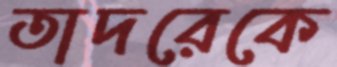
তাদরেকে